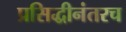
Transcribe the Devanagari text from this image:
प्रसिद्धीनंतरच